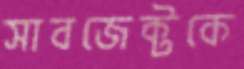
সাবজেক্টকে